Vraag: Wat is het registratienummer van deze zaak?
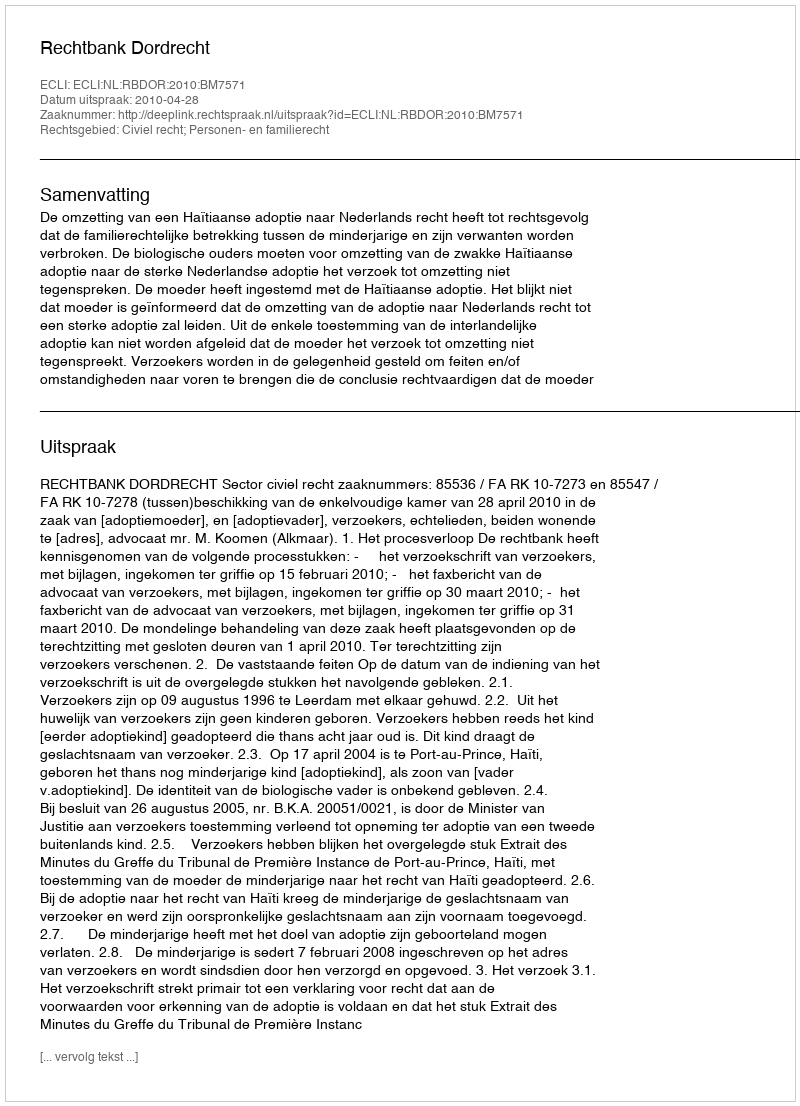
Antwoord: http://deeplink.rechtspraak.nl/uitspraak?id=ECLI:NL:RBDOR:2010:BM7571